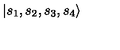
| { s _ { 1 } , s _ { 2 } , s _ { 3 } , s _ { 4 } } \rangle